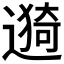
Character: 𫑁